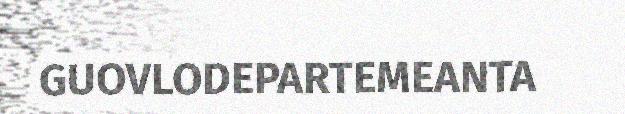
GUOVLODEPARTEMEANTA